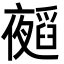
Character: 𭑁